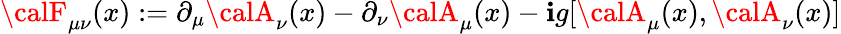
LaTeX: {\calF}_{\mu\nu}(x):=\partial_{\mu}{\calA}_{\nu}(x)-\partial_{\nu}{\calA}_{\mu}(x)-\mathbf{i}g[{\calA}_{\mu}(x),{\calA}_{\nu}(x)]